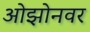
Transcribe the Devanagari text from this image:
ओझोनवर